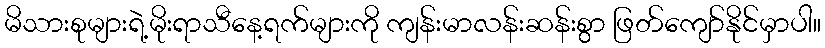
မိသားစုများရဲ့မိုးရာသီနေ့ရက်များကို ကျန်းမာလန်းဆန်းစွာ ဖြတ်ကျော်နိုင်မှာပါ။